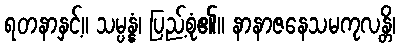
ရတနာနှင့်။ သမ္ပန္နံ၊ ပြည့်စုံ၏။ နာနာဇနေသမကုလန္တိ၊